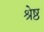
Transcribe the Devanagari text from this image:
श्रृेष्ठ